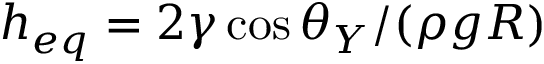
h _ { e q } = 2 \gamma \cos \theta _ { Y } / ( \rho g R )